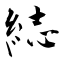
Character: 綕